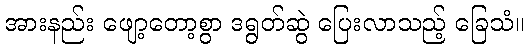
အားနည်း ဖျော့တော့စွာ ဒရွတ်ဆွဲ ပြေးလာသည့် ခြေသံ။